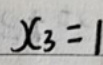
$x_3 = 1$